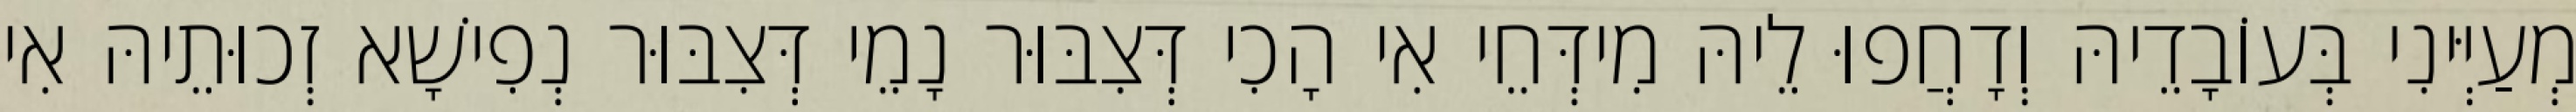
מְעַיְּינִי בְּעוֹבָדֵיהּ וְדָחֲפוּ לֵיהּ מִידְּחֵי אִי הָכִי דְּצִבּוּר נָמֵי דְּצִבּוּר נְפִישָׁא זְכוּתֵיהּ אִי